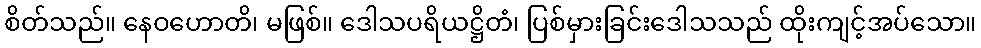
စိတ်သည်။ နေဝဟောတိ၊ မဖြစ်။ ဒေါသပရိယဋ္ဌိတံ၊ ပြစ်မှားခြင်းဒေါသသည် ထိုးကျင့်အပ်သော။